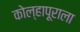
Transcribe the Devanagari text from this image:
कोल्हापूराला